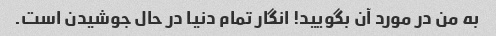
به من در مورد آن بگویید! انگار تمام دنیا در حال جوشیدن است.